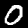
Label: 0